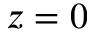
z = 0